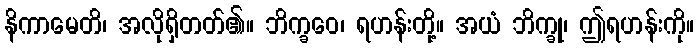
နိကာမေတိ၊ အလိုရှိတတ်၏။ ဘိက္ခဝေ၊ ရဟန်းတို့။ အယံ ဘိက္ခု၊ ဤရဟန်းကို။